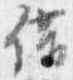
借